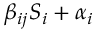
\beta _ { i j } S _ { i } + \alpha _ { i }